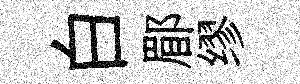
白郿缪